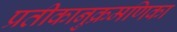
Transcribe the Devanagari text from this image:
प्रतीकानुक्रमणिका